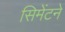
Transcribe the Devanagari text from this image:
सिमेंटने